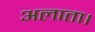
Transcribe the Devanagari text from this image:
अलाता।